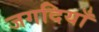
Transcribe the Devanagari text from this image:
जगदियाँ